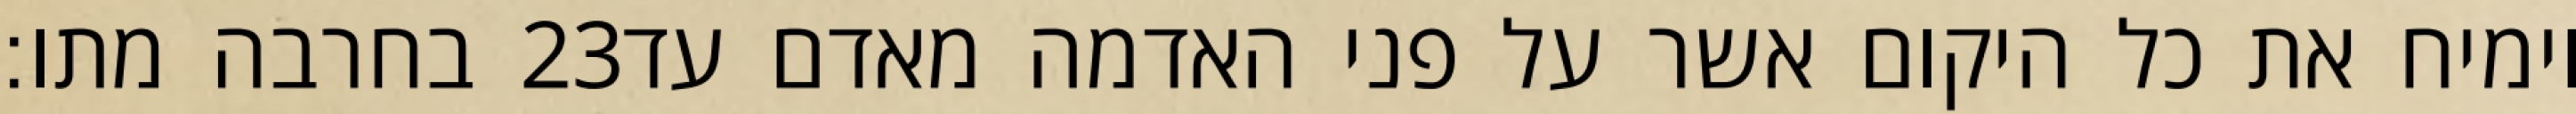
בחרבה מתו׃ ‎23‏ וימיח את כל היקום אשר על פני האדמה מאדם עד